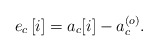
\begin{align*} e_c\left[i\right]=a_c{\left[i\right]}-a_c^{\left(o\right)}.\end{align*}